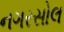
નગરસોલ